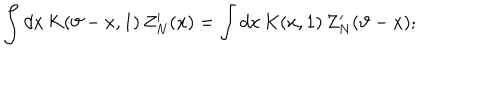
LaTeX: \int d x \, K ( \vartheta - x , 1 ) \, Z _ { N } ^ { \prime } ( x ) = \int d x \, K ( x , 1 ) \, Z _ { N } ^ { \prime } ( \vartheta - x ) ;